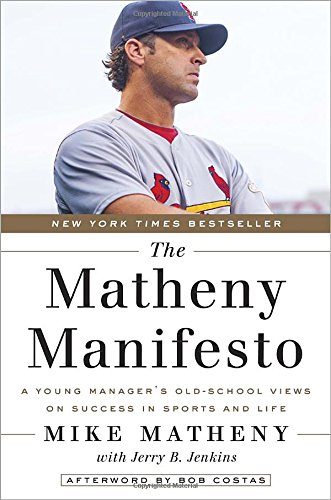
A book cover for The Matheny Manifesto: A Young Manager's Old-School Views on Success in Sports and Life; Mike Matheny; Biographies & Memoirs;